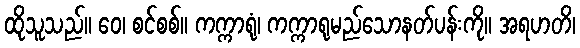
ထိုသူသည်။ ဝေ၊ စင်စစ်။ ကက္ကာရုံ၊ ကက္ကာရုမည်သောနတ်ပန်းကို။ အရဟတိ၊